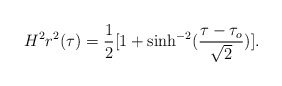
\begin{align*}H^2r^2(\tau)=\frac{1}{2}[1+\sinh^{-2}(\frac{\tau-\tau_o}{\sqrt{2}})].\end{align*}